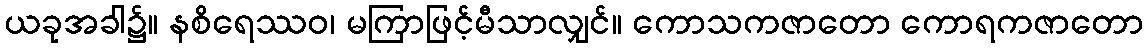
ယခုအခါ၌။ နစိရေဿဝ၊ မကြာဖြင့်မီသာလျှင်။ ကောသကဇာတော ကောရကဇာတော